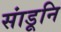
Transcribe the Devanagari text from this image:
सांडूनि